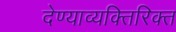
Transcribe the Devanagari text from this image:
देण्याव्यक्तिरिक्त